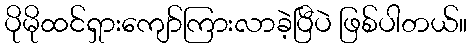
ပိုမိုထင်ရှားကျော်ကြားလာခဲ့ပြီပဲ ဖြစ်ပါတယ်။